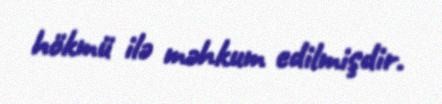
hökmü ilə məhkum edilmişdir.